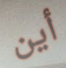
أين